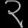
Digit: ၃